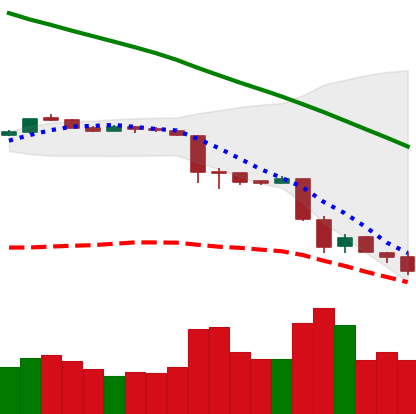
Ticker: ETH-USD
Chart end date: 2018-11-24
Forward return: 3.567%
Label: up_3_5